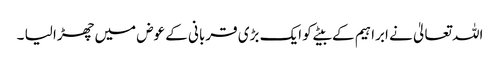
اللہ تعالیٰ نے ابراہیم کے بیٹے کو ایک بڑی قربانی کے عوض میں چھڑا لیا ۔